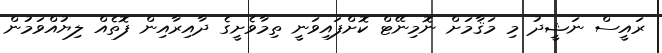
ރައީސް ނަޝީދު މި މަޤާމަށް ނޮމިނޭޓް ކޮށްފައިވަނީ ތިމާވެށީގެ ދާއިރާއިން ފޮތެއް ލިޔުއްވަމުން